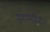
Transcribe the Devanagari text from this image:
समर्थनमिशन